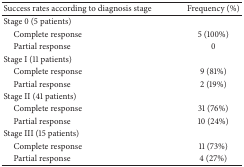
<table><thead><tr><td><b>Success rates according to diagnosis stage</b></td><td><b>Frequency (%) </b></td></tr></thead><tbody><tr><td>Stage 0 (5 patients)</td><td> </td></tr><tr><td> Complete response</td><td>5 (100%)</td></tr><tr><td> Partial response</td><td>0</td></tr><tr><td>Stage I (11 patients)</td><td> </td></tr><tr><td> Complete response</td><td>9 (81%)</td></tr><tr><td> Partial response</td><td>2 (19%)</td></tr><tr><td>Stage II (41 patients)</td><td> </td></tr><tr><td> Complete response</td><td>31 (76%)</td></tr><tr><td> Partial response</td><td>10 (24%)</td></tr><tr><td>Stage III (15 patients)</td><td> </td></tr><tr><td> Complete response</td><td>11 (73%)</td></tr><tr><td> Partial response</td><td>4 (27%)</td></tr></tbody></table>